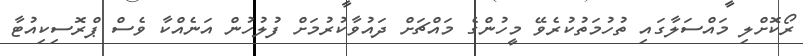
ރޯކޮށްލި މައްސަލާގައި ތުހުމަތުކުރެވޭ މީހުންގެ މައްޗަށް ދައުވާކުރުމަށް ފުލުހުން އަނެއްކާ ވެސް ޕްރޮސިކިއުޓާ